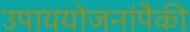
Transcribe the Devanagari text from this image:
उपाययोजनांपैकी